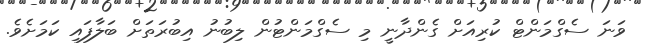
ވަނަ ސެގްމަންޓް ކުރިއަށް ގެންދާނީ މި ސެގްމަންޓުން ލިބުނު އިބުރަތަށް ބަލާފައި ކަމަށެވެ.